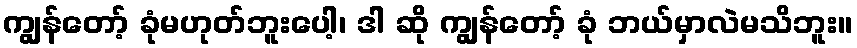
ကျွန်တော့် ခုံမဟုတ်ဘူးပေါ့၊ ဒါ ဆို ကျွန်တော့် ခုံ ဘယ်မှာလဲမသိဘူး။